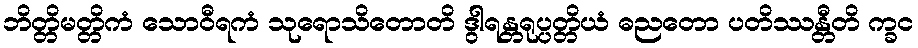
ဘိတ္တိမတ္တိကံ သောဝီရကံ သုရောသိတောတိ ဒွါရန္တရုပ္ပတ္တိယံ ဓညတော ပတိဿန္တီတိ က္ခင